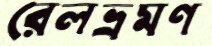
রেলভ্রমণ